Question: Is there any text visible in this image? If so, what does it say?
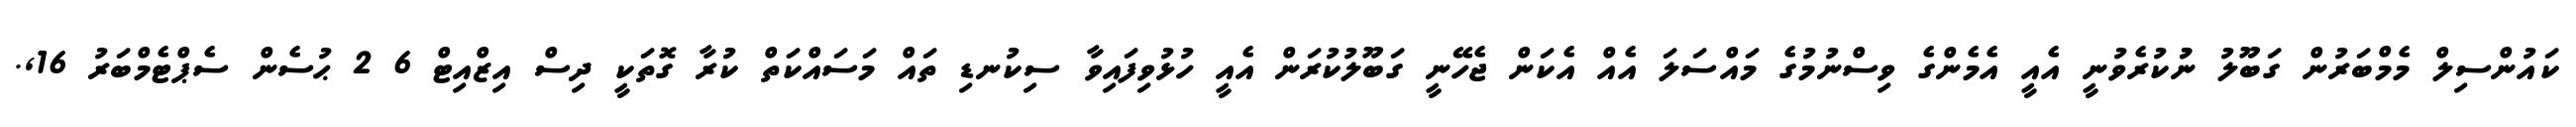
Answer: ކައުންސިލް މެމްބަރުން ގަބޫލު ނުުކުރެވުނީ އެއީ އެމެންގެ ވިސްނުމުގެ މައްސަލަ އެއް އެކަން ޖެހޭނީ ގަބޫލުކުރަން އެއީ ހުޅުވިފައިވާ ސިކުނޑި ތައް މަސައްކަތް ކުރާ ގޮތަކީ ދިސް އިޒްއިޓް 6 2 ޙުސެން ސެޕްޓެމްބަރު 16,.